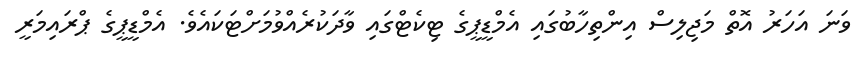
ވަނަ އަހަރު އޮތް މަޖިލިސް އިންތިހާބުގައި އެމްޑީޕީގެ ޓިކެޓްގައި ވާދަކުރެއްވުމަށްޓަކައެވެ. އެމްޑީޕީގެ ޕްރައިމަރީ